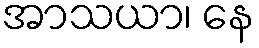
အာသယာ၊ နေ